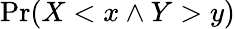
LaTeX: \operatorname*{Pr}(X<x\land Y>y)